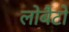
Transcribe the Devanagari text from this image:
लोबैटो